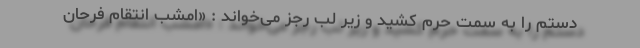
دستم را به سمت حرم کشید و زیر لب رجز می‌خواند : «امشب انتقام فرحان